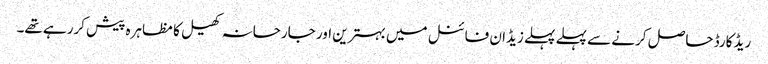
ریڈ کارڈ حاصل کرنے سے پہلے پہلے زیڈان فائنل میں بہترین اور جارحانہ کھیل کا مظاہرہ پیش کررہے تھے۔